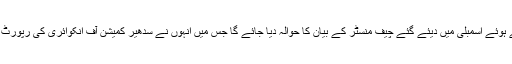
پارٹی کی جانب سے تحفظات کے وعدے کا اعادہ کرتے ہوئے اسمبلی میں دیئے گئے چیف منسٹر کے بیان کا حوالہ دیا جائے گا جس میں انہوں نے سدھیر کمیشن آف انکوائری کی رپورٹ کے بعد اسمبلی میں قرارداد پیش کرنے کا وعدہ کیا ہے۔